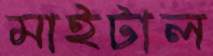
মাইটাল